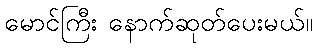
မောင်ကြီး နောက်ဆုတ်ပေးမယ်။